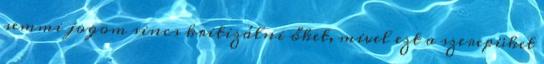
semmi jogom sincs kritizálni őket, mivel ezt a szerepüket